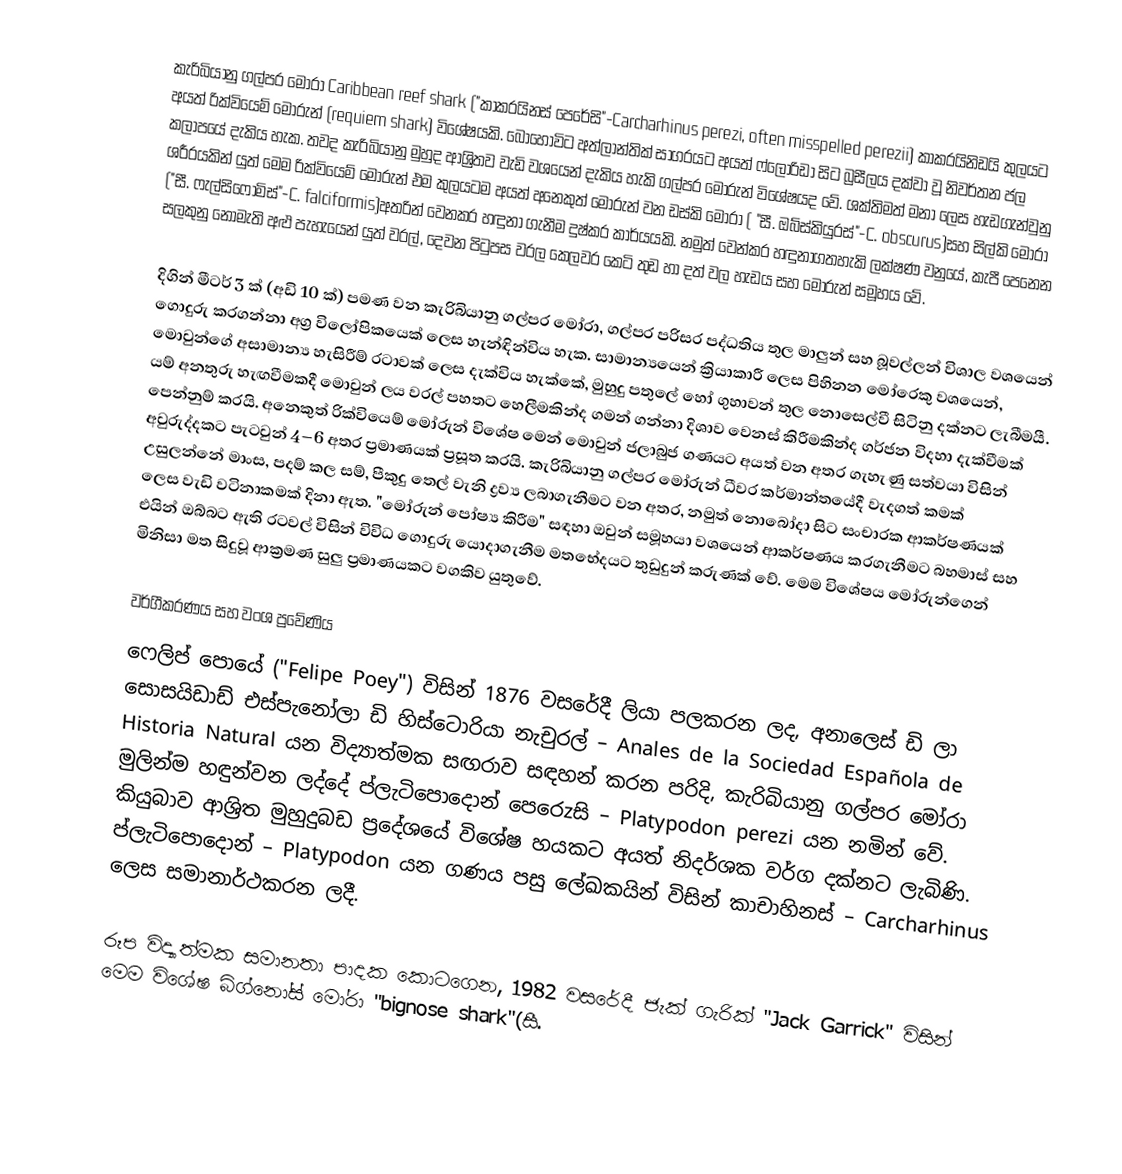
කැරිබියානු ගල්පර මෝරා Caribbean reef shark  ("කාකරයිනස් පෙරේසි"-Carcharhinus perezi, often misspelled perezii) කාකරයිනිඩයි කුලයට අයත් රික්වියෙම් මෝරුන් (requiem shark) විශේෂයකි. බොහෝවිට අත්ලාන්තික් සාගරයට අයත් ෆ්ලොරිඩා සිට බ්‍රසීලය දක්වා වූ නිවර්තන ජල කලාපයේ දැකිය හැක. තවද කැරිබියානු මුහුද ආශ්‍රිතව වැඩි වශයෙන් දැකිය හැකි ගල්පර මෝරුන් විශේෂයද වේ. ශක්තිමත් මනා ලෙස හැඩගැන්වුනු ශරීරයකින් යුත් මෙම රික්වියෙම් මෝරුන් එම කුලයටම අයත් අනෙකුත් මෝරුන් වන ඩස්කි මෝරා ( "සී. ඔබ්ස්කියුරස්"-C. obscurus)සහ සිල්කි මෝරා ("සී. ෆැල්සිෆෝමිස්"-C. falciformis)අතරින් වෙනකර හඳුනා ගැනීම දුෂ්කර කාර්යයකි. නමුත් වෙන්කර හඳුනාගතහැකි ලක්ෂණ වනුයේ, කැපී පෙනෙන සලකුනු නොමැති අළු පැහැයෙන් යුත් වරල්, දෙවන පිටුපස වරල කෙලවර කෙටි තුඩ හා දත් වල හැඩය සහ මෝරුන් සමූහය වේ.

දිගින් මීටර් 3 ක් (අඩි 10 ක්) පමණ වන කැරිබියානු ගල්පර මෝරා, ගල්පර පරිසර පද්ධතිය තුල මාලුන් සහ බූවල්ලන් විශාල වශයෙන් ගොදුරු කරගන්නා  අග්‍ර විලෝපිකයෙක් ලෙස හැන්ඳින්විය හැක. සාමාන්‍යයෙන් ක්‍රියාකාරී ලෙස පිහිනන මෝරෙකු වශයෙන්, මොවුන්ගේ අසාමාන්‍ය හැසිරීම් රටාවක් ලෙස දැක්විය හැක්කේ,  මුහුදු පතුලේ හෝ ගුහාවන් තුල නොසෙල්වී සිටිනු දක්නට ලැබීමයී. යම් අනතුරු හැඟවීමකදී මොවුන් ලය වරල් පහතට හෙලීමකින්ද ගමන් ගන්නා දිශාව වෙනස් කිරීමකින්ද ගර්ජන විදහා දැක්වීමක් පෙන්නුම් කරයි. අනෙකුත් රික්වියෙම් මෝරුන් විශේෂ මෙන් මොවුන් ජලාබුජ ගණයට අයත් වන අතර ගැහැණු සත්වයා විසින් අවුරුද්දකට පැටවුන් 4–6 අතර ප්‍රමාණයක් ප්‍රසූත කරයි. කැරිබියානු ගල්පර මෝරුන් ධීවර කර්මාන්තයේදී වැදගත් කමක් උසුලන්නේ මාංස, පදම් කල සම්, පීකුදු තෙල් වැනි ද්‍රව්‍ය ලබාගැනීමට වන අතර, නමුත් නොබෝදා සිට සංචාරක ආකර්ෂණයක් ලෙස වැඩි වටිනාකමක් දිනා ඇත. "මෝරුන් පෝෂ්‍ය කිරීම" සඳහා ඔවුන් සමූහයා වශයෙන් ආකර්ෂණය කරගැනීමට  බහමාස් සහ එයින් ඔබ්බට ඇති රටවල් විසින් විවිධ ගොදුරු යොදාගැනීම  මතභේදයට තුඩුදුන් කරුණක් වේ. මෙම විශේෂය  මෝරුන්ගෙන් මිනිසා මත සිදුවූ ආක්‍රමණ සුලු ප්‍රමාණයකට වගකිව යුතුවේ.

වර්ගීකරණය සහ වංශ ප්‍රවේණිය
ෆෙලිප් පොයේ ("Felipe Poey") විසින් 1876 වසරේදී ලියා පලකරන ලද, අනාලෙස් ඩි ලා සොසයිඩාඩ් එස්පැනෝලා ඩි හිස්ටොරියා නැචුරල් – Anales de la Sociedad Española de Historia Natural යන විද්‍යාත්මක සඟරාව සඳහන් කරන පරිදි, කැරිබියානු ගල්පර මෝරා මුලින්ම හඳුන්වන ලද්දේ ප්ලැටිපොදොන් පෙරෙzසි – Platypodon perezi යන නමින් වේ. කියුබාව ආශ්‍රිත මුහුදුබඩ ප්‍රදේශයේ විශේෂ හයකට අයත් නිදර්ශක වර්ග දක්නට ලැබිණි. ප්ලැටිපොදොන් – Platypodon යන ගණය පසු ලේඛකයින් විසින් කාචාහිනස් – Carcharhinus ලෙස සමානාර්ථකරන ලදී.

රූප විද්‍යාත්මක සමානතා පාදක කොටගෙන, 1982 වසරේදී ජැක් ගැරික් "Jack Garrick" විසින් මෙම විශේෂ බිග්නෝස් මෝරා "bignose shark"(සී.